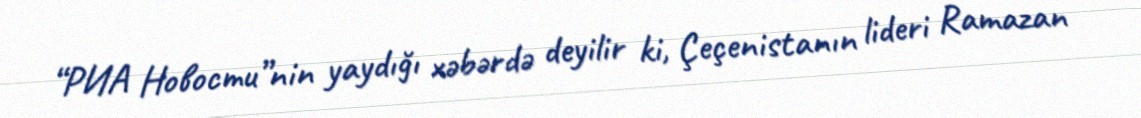
“РИА Новости”nin yaydığı xəbərdə deyilir ki, Çeçenistanın lideri Ramazan